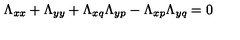
\Lambda _ { x x } + \Lambda _ { y y } + \Lambda _ { x q } \Lambda _ { y p } - \Lambda _ { x p } \Lambda _ { y q } = 0